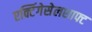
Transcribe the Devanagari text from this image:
एक्टिंगेसेलशाफ्ट